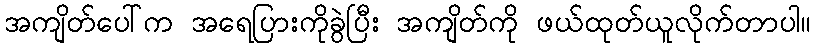
အကျိတ်ပေါ်က အရေပြားကိုခွဲပြီး အကျိတ်ကို ဖယ်ထုတ်ယူလိုက်တာပါ။